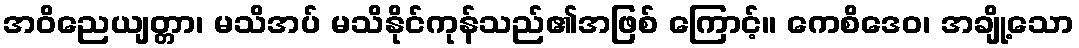
အဝိညေယျတ္တာ၊ မသိအပ် မသိနိုင်ကုန်သည်၏အဖြစ် ကြောင့်။ ကေစိဒေဝ၊ အချို့သော